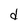
Character: d